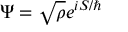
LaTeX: \Psi = { \sqrt { \rho } } e ^ { i S / \hbar }